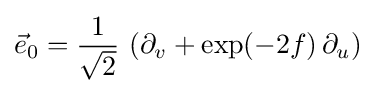
{\vec {e}}_{0}={\frac {1}{\sqrt {2}}}\,\left(\partial _{v}+\exp(-2f)\,\partial _{u}\right)